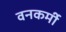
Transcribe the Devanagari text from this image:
वनकर्मी